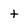
Character: t